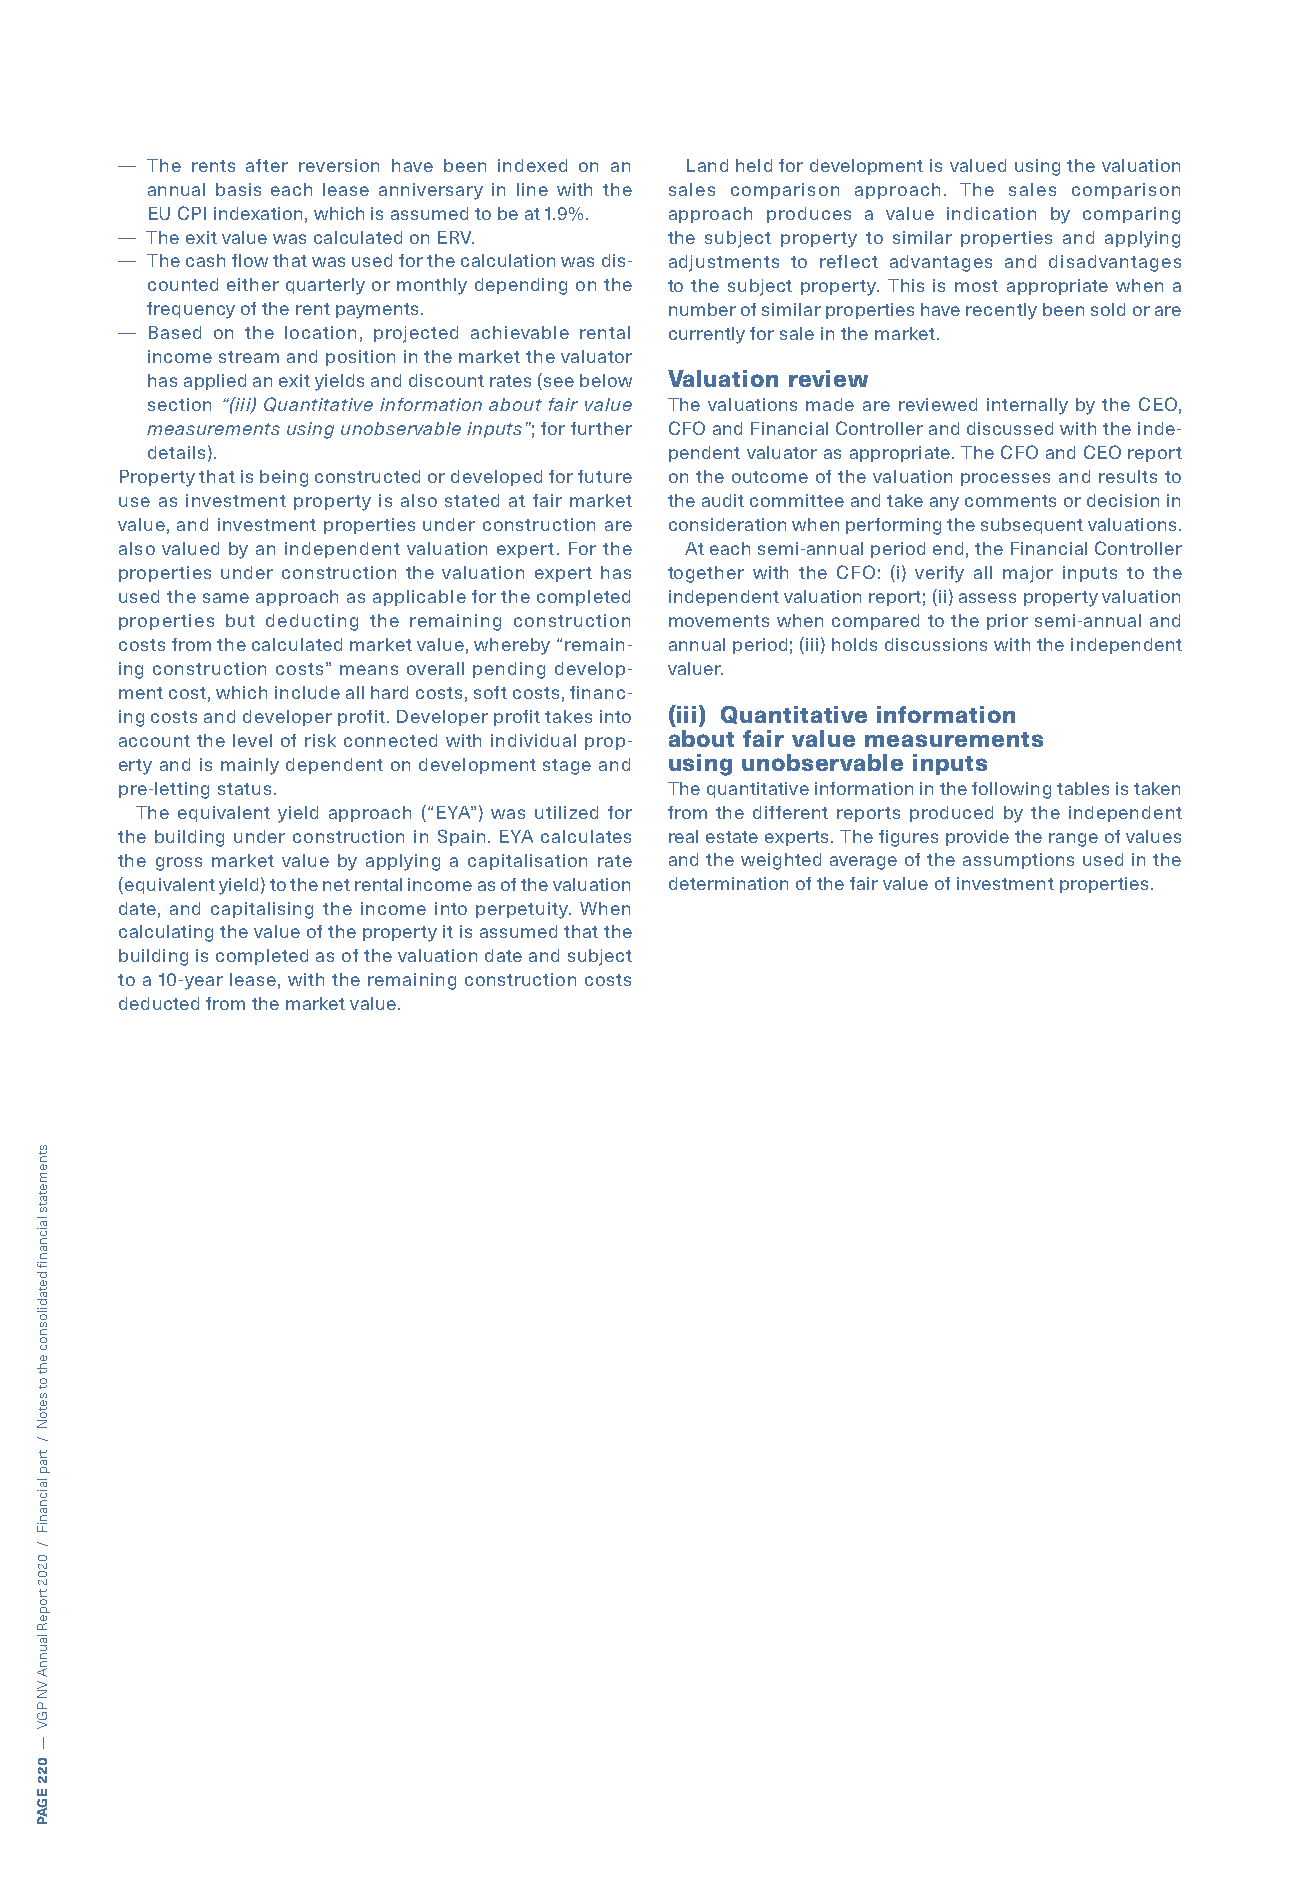
— The rents after reversion have been indexed on an Land held for development is valued using the valuation
 annual basis each lease anniversary in line with the sales comparison approach. The sales comparison
 EU CPI indexation, which is assumed to be at 1.9%. approach produces a value indication by comparing
 — The exit value was calculated on ERV. the subject property to similar properties and applying
 — The cash flow that was used for the calculation was dis- adjustments to reflect advantages and disadvantages
 counted either quarterly or monthly depending on the to the subject property. This is most appropriate when a
 frequency of the rent payments.   number of similar properties have recently been sold or are
 — Based on the location, projected achievable rental currently for sale in the market.
 income stream and position in the market the valuator
 has applied an exit yields and discount rates (see below Valuation review
 section “(iii) Quantitative information about fair value The valuations made are reviewed internally by the CEO,
 measurements using unobservable inputs”; for further CFO and Financial Controller and discussed with the inde-
 details).                         pendent valuator as appropriate. The CFO and CEO report
 Property that is being constructed or developed for future on the outcome of the valuation processes and results to
 use as investment property is also stated at fair market the audit committee and take any comments or decision in
 value, and investment properties under construction are consideration when performing the subsequent valuations.
 also valued by an independent valuation expert. For the At each semi-annual period end, the Financial Controller
 properties under construction the valuation expert has together with the CFO: (i) verify all major inputs to the
 used the same approach as applicable for the completed independent valuation report; (ii) assess property valuation
 properties but deducting the remaining construction movements when compared to the prior semi-annual and
 costs from the calculated market value, whereby “remain- annual period; (iii) holds discussions with the independent
 ing construction costs” means overall pending develop- valuer.
 ment cost, which include all hard costs, soft costs, financ-
 ing costs and developer profit. Developer profit takes into (iii) Quantitative information
 account the level of risk connected with individual prop- about fair value measurements
 erty and is mainly dependent on development stage and using unobservable inputs
 pre-letting status.                 The quantitative information in the following tables is taken
 The equivalent yield approach (“EYA”) was utilized for from the different reports produced by the independent
 the building under construction in Spain. EYA calculates real estate experts. The figures provide the range of values
 the gross market value by applying a capitalisation rate and the weighted average of the assumptions used in the
 (equivalent yield) to the net rental income as of the valuation determination of the fair value of investment properties.
 date, and capitalising the income into perpetuity. When
 calculating the value of the property it is assumed that the
 building is completed as of the valuation date and subject
 to a 10-year lease, with the remaining construction costs
 deducted from the market value.
 stnemetats
 laicnanif
 detadilosnoc
 eht
 ot
 setoN
 /
 trap
 laicnaniF
 /
 0202
 tropeR
 launnA
 VN
 PGV
 —
 022
 EGAP